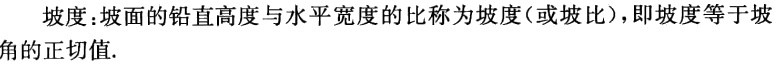
坡度：坡面的铅直高度与水平宽度的比称为坡度（或坡比），即坡度等于坡角的正切值.